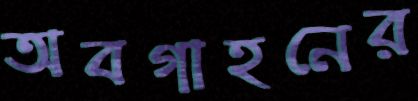
অবগাহনের